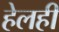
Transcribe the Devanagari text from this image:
हेलही